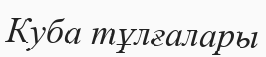
Куба тұлғалары